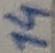
Text: 14